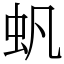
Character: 䖠